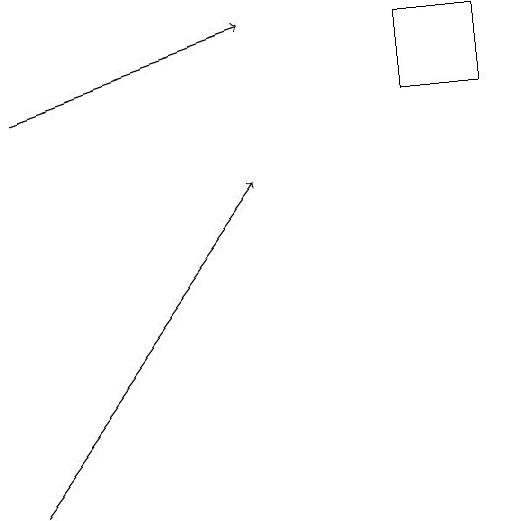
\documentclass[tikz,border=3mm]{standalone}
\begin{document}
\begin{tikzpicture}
\draw[->] (2,15) -- (5,16);
\draw (7,16) rectangle (8,15);
\draw[->] (2,10) -- (5,14);
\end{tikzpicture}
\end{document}